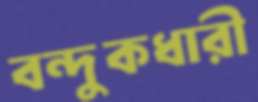
বন্দুকধারী